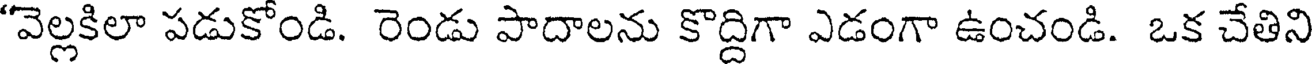
"వెల్లకిలా పడుకోండి. రెండు పాదాలను కొద్దిగా ఎడంగా ఉంచండి. ఒక చేతిని